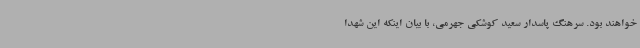
خواهند بود. سرهنگ پاسدار سعید کوشکی جهرمی، با بیان اینکه این شهدا